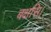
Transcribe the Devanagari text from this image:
बक्षसि।